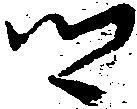
郷